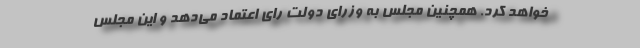
خواهد کرد. همچنین مجلس به وزرای دولت رای اعتماد می‌دهد و این مجلس